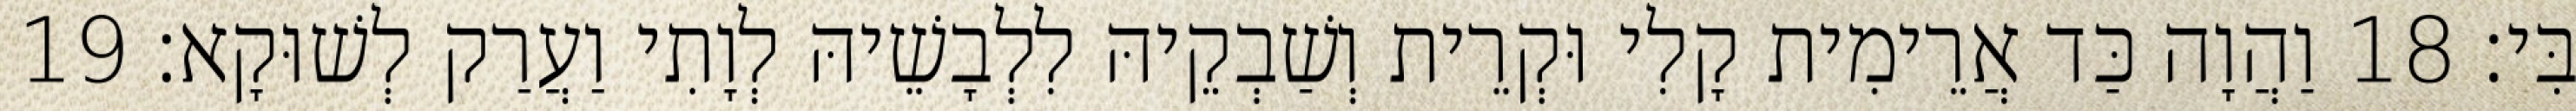
בִּי׃ 18 וַהֲוָה כַּד אֲרֵימִית קָלִי וּקְרֵית וְשַׁבְקֵיהּ לִלְבָשֵׁיהּ לְוָתִי וַעֲרַק לְשׁוּקָא׃ 19